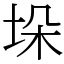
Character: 垛